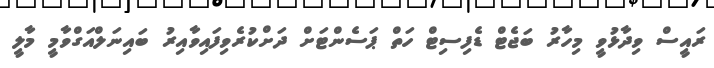
ރައީސް ވިދާޅުވީ މިހާރު ބަޖެޓް ޑެފިސިޓް ހަތް ޕަސެންޓަށް ދަށްކުރެވިފައިވާއިރު ބައިނަލްއަގްވާމީ މާލީ